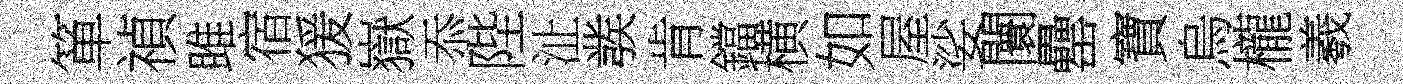
箪禎雎宿猨嶽忝陛沚彂肯鐺横如屋娑闤罍寶烏櫳羲